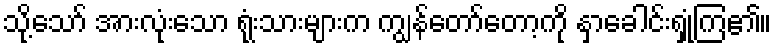
သို့သော် အားလုံးသော ရုံးသားများက ကျွန်တော်တော့ကို နှာခေါင်းရှုံ့ကြ၏။